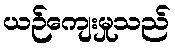
ယဉ်ကျေးမှုသည်